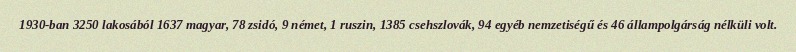
1930-ban 3250 lakosából 1637 magyar, 78 zsidó, 9 német, 1 ruszin, 1385 csehszlovák, 94 egyéb nemzetiségű és 46 állampolgárság nélküli volt.